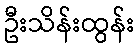
ဦးသိန်းထွန်း